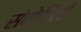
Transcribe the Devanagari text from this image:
संबोधिली